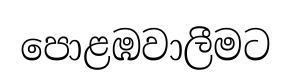
පොළඹවාලීමට